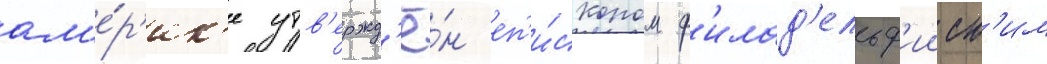
ам'е́р'ик'е утв'ержд'ё́н еп'и́скопом ф'илад'ельф'ииск'им